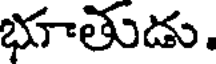
భూతుడు.